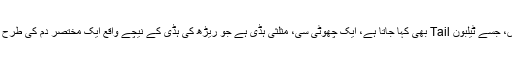
کوکسیکس، جسے ٹیلبون Tail بھی کہا جاتا ہے، ایک چھوٹی سی، مثلثی ہڈی ہے جو ریڑھ کی ہڈی کے نیچے واقع ایک مختصر دم کی طرح ملتی ہے۔